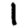
Digit: 1